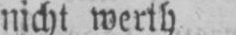
nicht werth